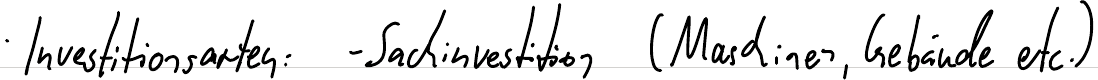
Investitionsarten: - Sachinvestition (Maschinen, Gebäude etc.)